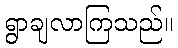
ရွာချလာကြသည်။